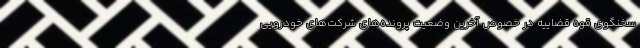
سخنگوی قوه قضاییه در خصوص آخرین وضعیت پرونده‌های شرکت‌های خودرویی